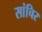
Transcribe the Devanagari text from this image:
सांचिर